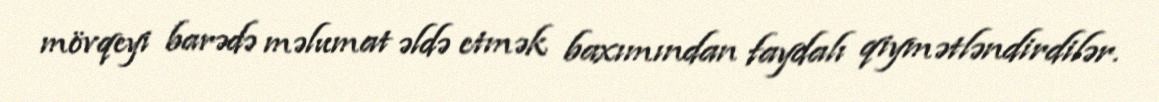
mövqeyi barədə məlumat əldə etmək baxımından faydalı qiymətləndirdilər.